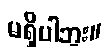
မရှိပါဘူး။